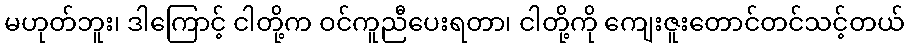
မဟုတ်ဘူး၊ ဒါကြောင့် ငါတို့က ဝင်ကူညီပေးရတာ၊ ငါတို့ကို ကျေးဇူးတောင်တင်သင့်တယ်